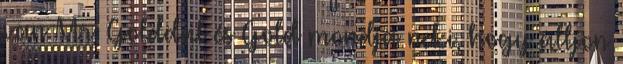
van Mr. Golddal és Gold mondja neki, hogy álljon